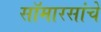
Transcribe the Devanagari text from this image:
सॉमारसांचे